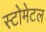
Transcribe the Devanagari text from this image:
स्टोमेटल